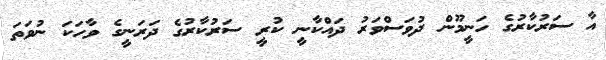
އާ ސަރުކާރުގެ ހަނީމޫން ދުވަސްވަރު ދައްކާނީ ކުރީ ސަރުކާރުގެ ދަރަނީގެ ވާހަކަ ނުވަތަ